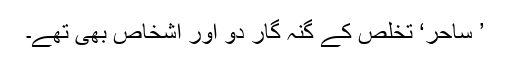
’ ساحر‘ تخلص کے گنہ گار دو اور اشخاص بھی تھے۔